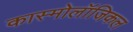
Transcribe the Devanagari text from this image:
कास्मोलॉजिकल